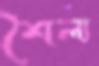
শৈল্য